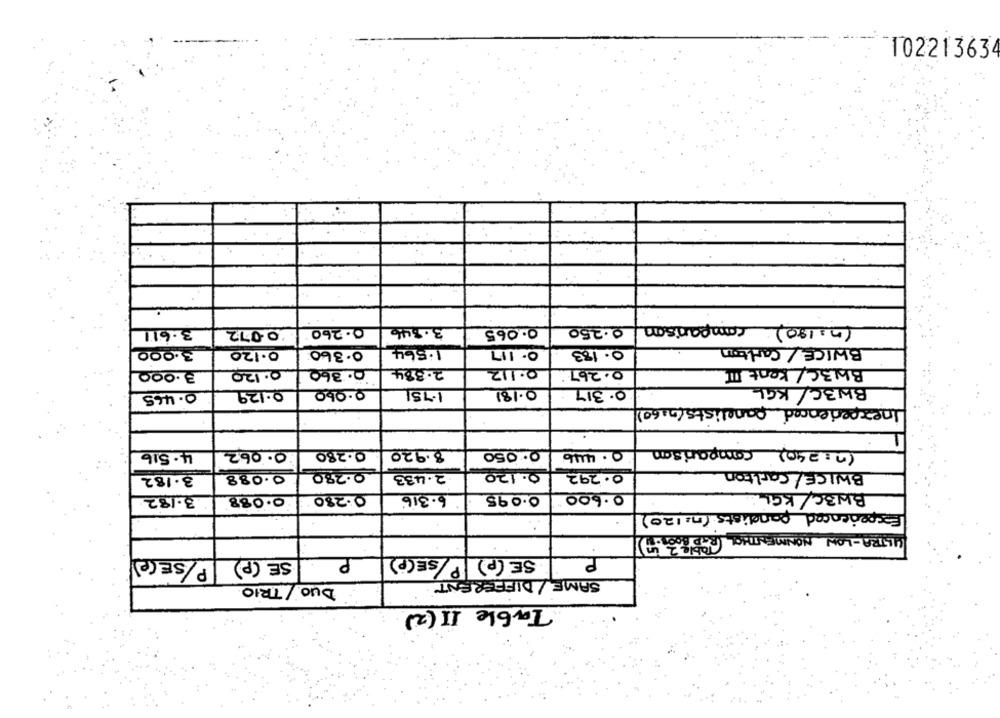
10221363
(n= 180) comparison 0.250
3.611
0072
0.260
3.846
0.065
BWICE/ Carlton
3.000
0.120
0.360
1.564
0. 117
0.183
3.000
0.120
0.360
2.384
0.112
0.267:
Bhizc/ Kent III
BW3C/ KGL
0.465
0.129
0.060
1.751
0.181
0.317
Inexperienced panelists(2160)
(n=240) comparison
4.516
0.06.2
0.280
8.920
0.050
0. 446
0.088
0.280
2.433
0.120
0.292
BWICE/ Carlton
3.182
0.088
0.280
6.316
0.095
0.600
BW3C/ KGL
3.182
Experienced pandists (n=120)
..
ULTRA- LOW NONMENTHOL ROBOT.
P/SECe)
P
SE (p) P/SE(P)
SE (P)
SAME/ DIFFERENT
DUO/ TRIO
Table II (2)